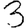
Digit: 3